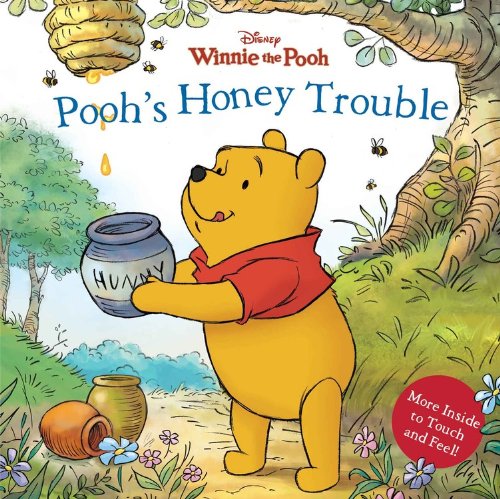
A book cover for Pooh's Honey Trouble (Disney Winnie the Pooh); Sara F. Miller; Children's Books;